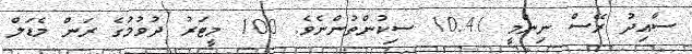
ސާއިދު ރޭސް ނިންމީ 10.41 ސިކުންތުންނެވެ. 100 މީޓަރު ދުވުމުގެ ރަން މެޑަލް